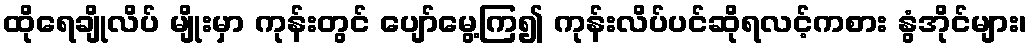
ထိုရေချိုလိပ် မျိုးမှာ ကုန်းတွင် ပျော်မွေ့ကြ၍ ကုန်းလိပ်ပင်ဆိုရလင့်ကစား နွံအိုင်များ၊